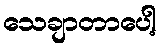
သေချာတာပေါ့